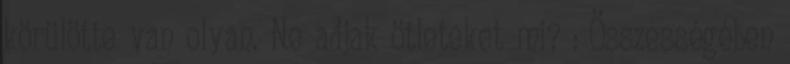
körülötte van olyan. Ne adjak ötleteket mi? : Összességében